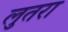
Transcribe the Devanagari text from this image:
लुतरा